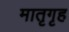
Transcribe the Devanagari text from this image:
मातृगृह